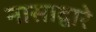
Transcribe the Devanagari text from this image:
नासाद्वारे